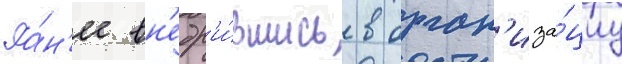
Ра́н'ее вн'едр'и́вшись в орган'иза́циу